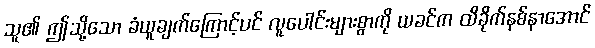
သူ၏ ဤသို့သော ခံယူချက်ကြောင့်ပင် လူပေါင်းများစွာကို ယခင်က ထိခိုက်နစ်နာအောင်